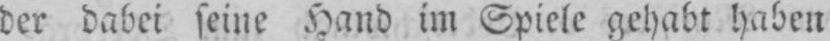
der dabei seine Hand im Spiele gehabt haben